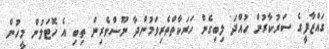
ގައްޒާފީގެ ސަރުކާރުން ހުއްދަ ލިބިގެން ހަރަކާތްތެރިވަމުންދާ ނޫސްވެރިން ތިބި އެ ހޮޓަލުން މީހުން